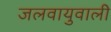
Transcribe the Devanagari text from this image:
जलवायुवाली